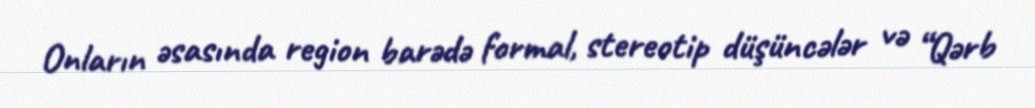
Onların əsasında region barədə formal, stereotip düşüncələr və “Qərb